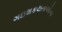
ગઇશકયતાઓના